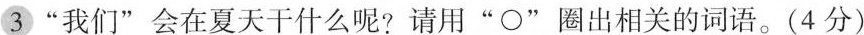
3“我们”会在夏天干什么呢?请用“\circ ”圈出相关的词语。(4 分)